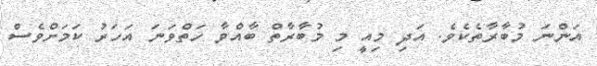
އަންނަ މުބާރާތެކެވެ. އަދި މިއީ މި މުބާރާތް ބާއްވާ ހަތްވަނަ އަހަރު ކަމަށްވެސް